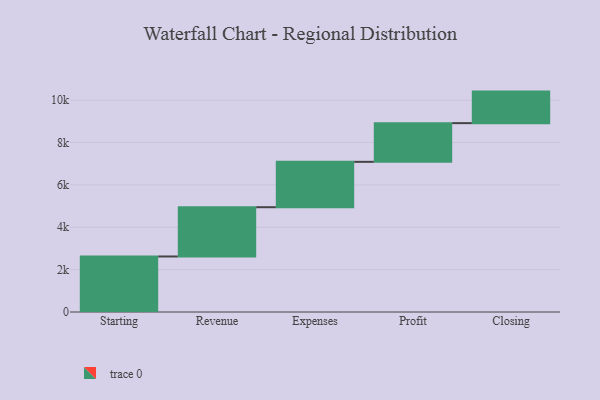
{"axis": {"x": "Step", "y": "Value"}, "legend": [""], "data": [{"x": "Starting", "y": 2621.0, "type": ""}, {"x": "Revenue", "y": 2326.0, "type": ""}, {"x": "Expenses", "y": 2142.0, "type": ""}, {"x": "Profit", "y": 1827.0, "type": ""}, {"x": "Closing", "y": 1489.0, "type": ""}]}